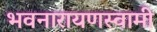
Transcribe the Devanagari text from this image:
भवनारायणस्‍वामी